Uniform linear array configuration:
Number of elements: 32
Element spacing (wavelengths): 0.25
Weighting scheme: blackman
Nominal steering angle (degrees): -30
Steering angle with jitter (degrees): -28.842
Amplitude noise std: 0.05
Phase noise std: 0.05

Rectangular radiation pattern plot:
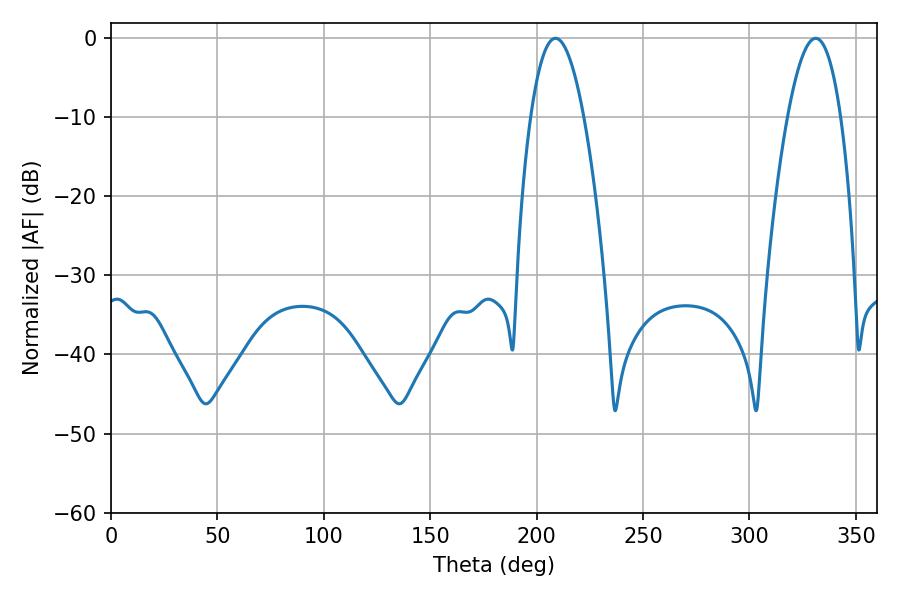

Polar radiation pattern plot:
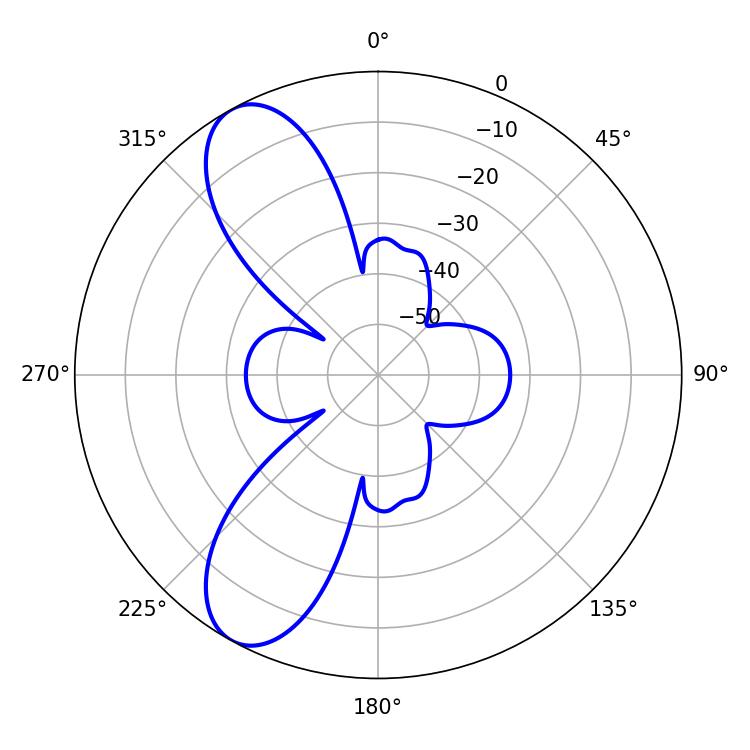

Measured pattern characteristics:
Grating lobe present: FALSE
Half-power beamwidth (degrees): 13.68
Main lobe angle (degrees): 208.8